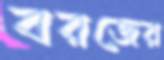
বরজের